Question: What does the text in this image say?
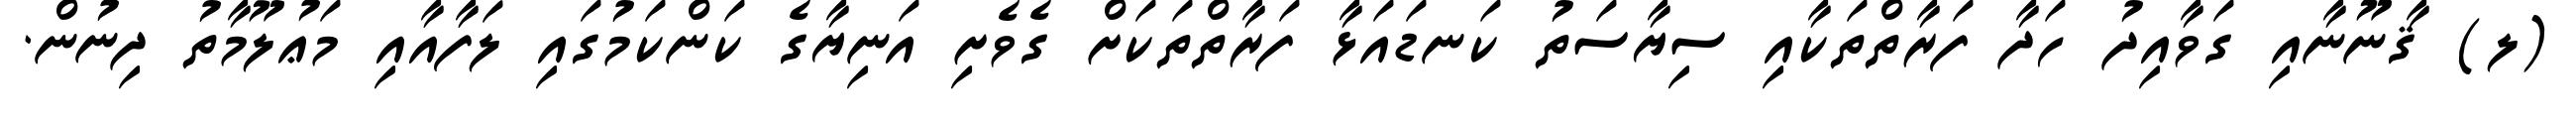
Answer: (ލ) ޤާނޫނާއި ގަވާއިދު ހަދާ ފަރާތްތަކާއި ސިޔާސަތު ކަނޑައަޅާ ފަރާތްތަކަށް ގެވެށި އަނިޔާގެ ކަންކަމުގައި ލަފާއާއި މަޢުލޫމާތު ދިނުން.